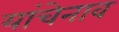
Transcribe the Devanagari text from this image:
यांचेनाव